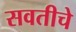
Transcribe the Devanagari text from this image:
सवतीचे